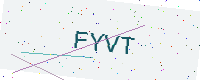
Text: FYVT